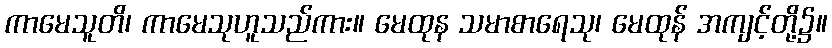
ကာမေသူတိ၊ ကာမေသုဟူသည်ကား။ မေထုန သမာစာရေသု၊ မေထုန် အကျင့်တို့၌။